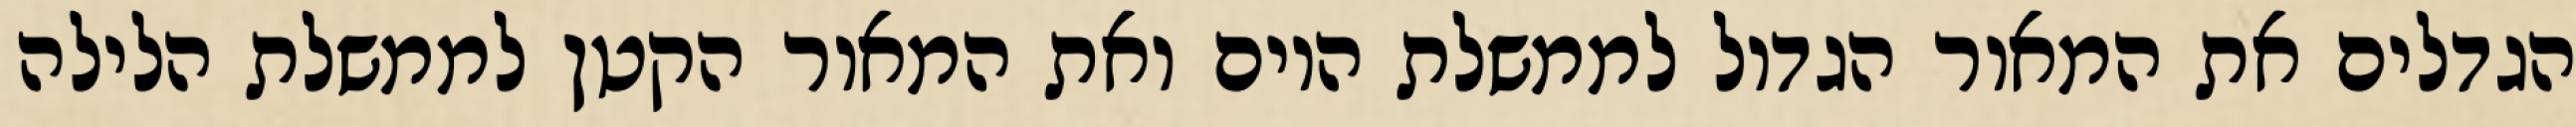
הגדלים את המאור הגדול לממשלת היום ואת המאור הקטן לממשלת הלילה